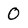
Character: 0